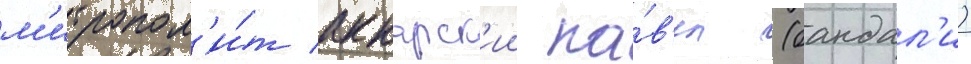
м'итропол'и́т аккарск'ии па́в'ел (бандал'и)